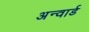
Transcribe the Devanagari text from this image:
अन्वार्ड